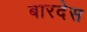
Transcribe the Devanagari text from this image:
बारदेस